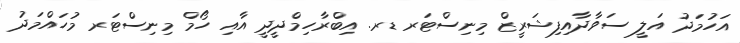
އަހުމަދު އަލީ ސަވާދާއިފިޝަރީޒް މިނިސްޓަރ ޑރ. އިބްރާހިމްދީދީ އާއި ހޯމް މިނިސްޓަރ މުހައްމަދު